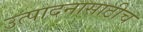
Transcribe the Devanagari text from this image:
उत्पादनासाठीच